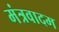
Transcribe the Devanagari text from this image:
मंत्रवादम